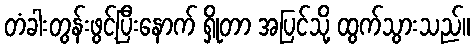
တံခါးတွန်းဖွင့်ပြီးနောက် ရှိုတာ အပြင်သို့ ထွက်သွားသည်။